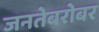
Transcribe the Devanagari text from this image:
जनतेबरोबर